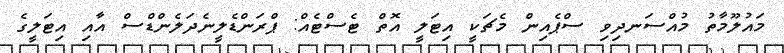
މައުލޫމާތު މުއްސަނދިވި ސްޕެއިން މެޗަކީ އިޓަލީ އޮތް ޓެސްޓެއް: ޕްރަންޑެލީނެދަލެންޑްސް އާއި އިޓަލީގެ